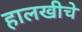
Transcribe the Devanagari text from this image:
हालखीचे